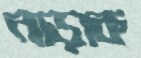
নাড়াক